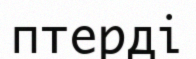
птерді